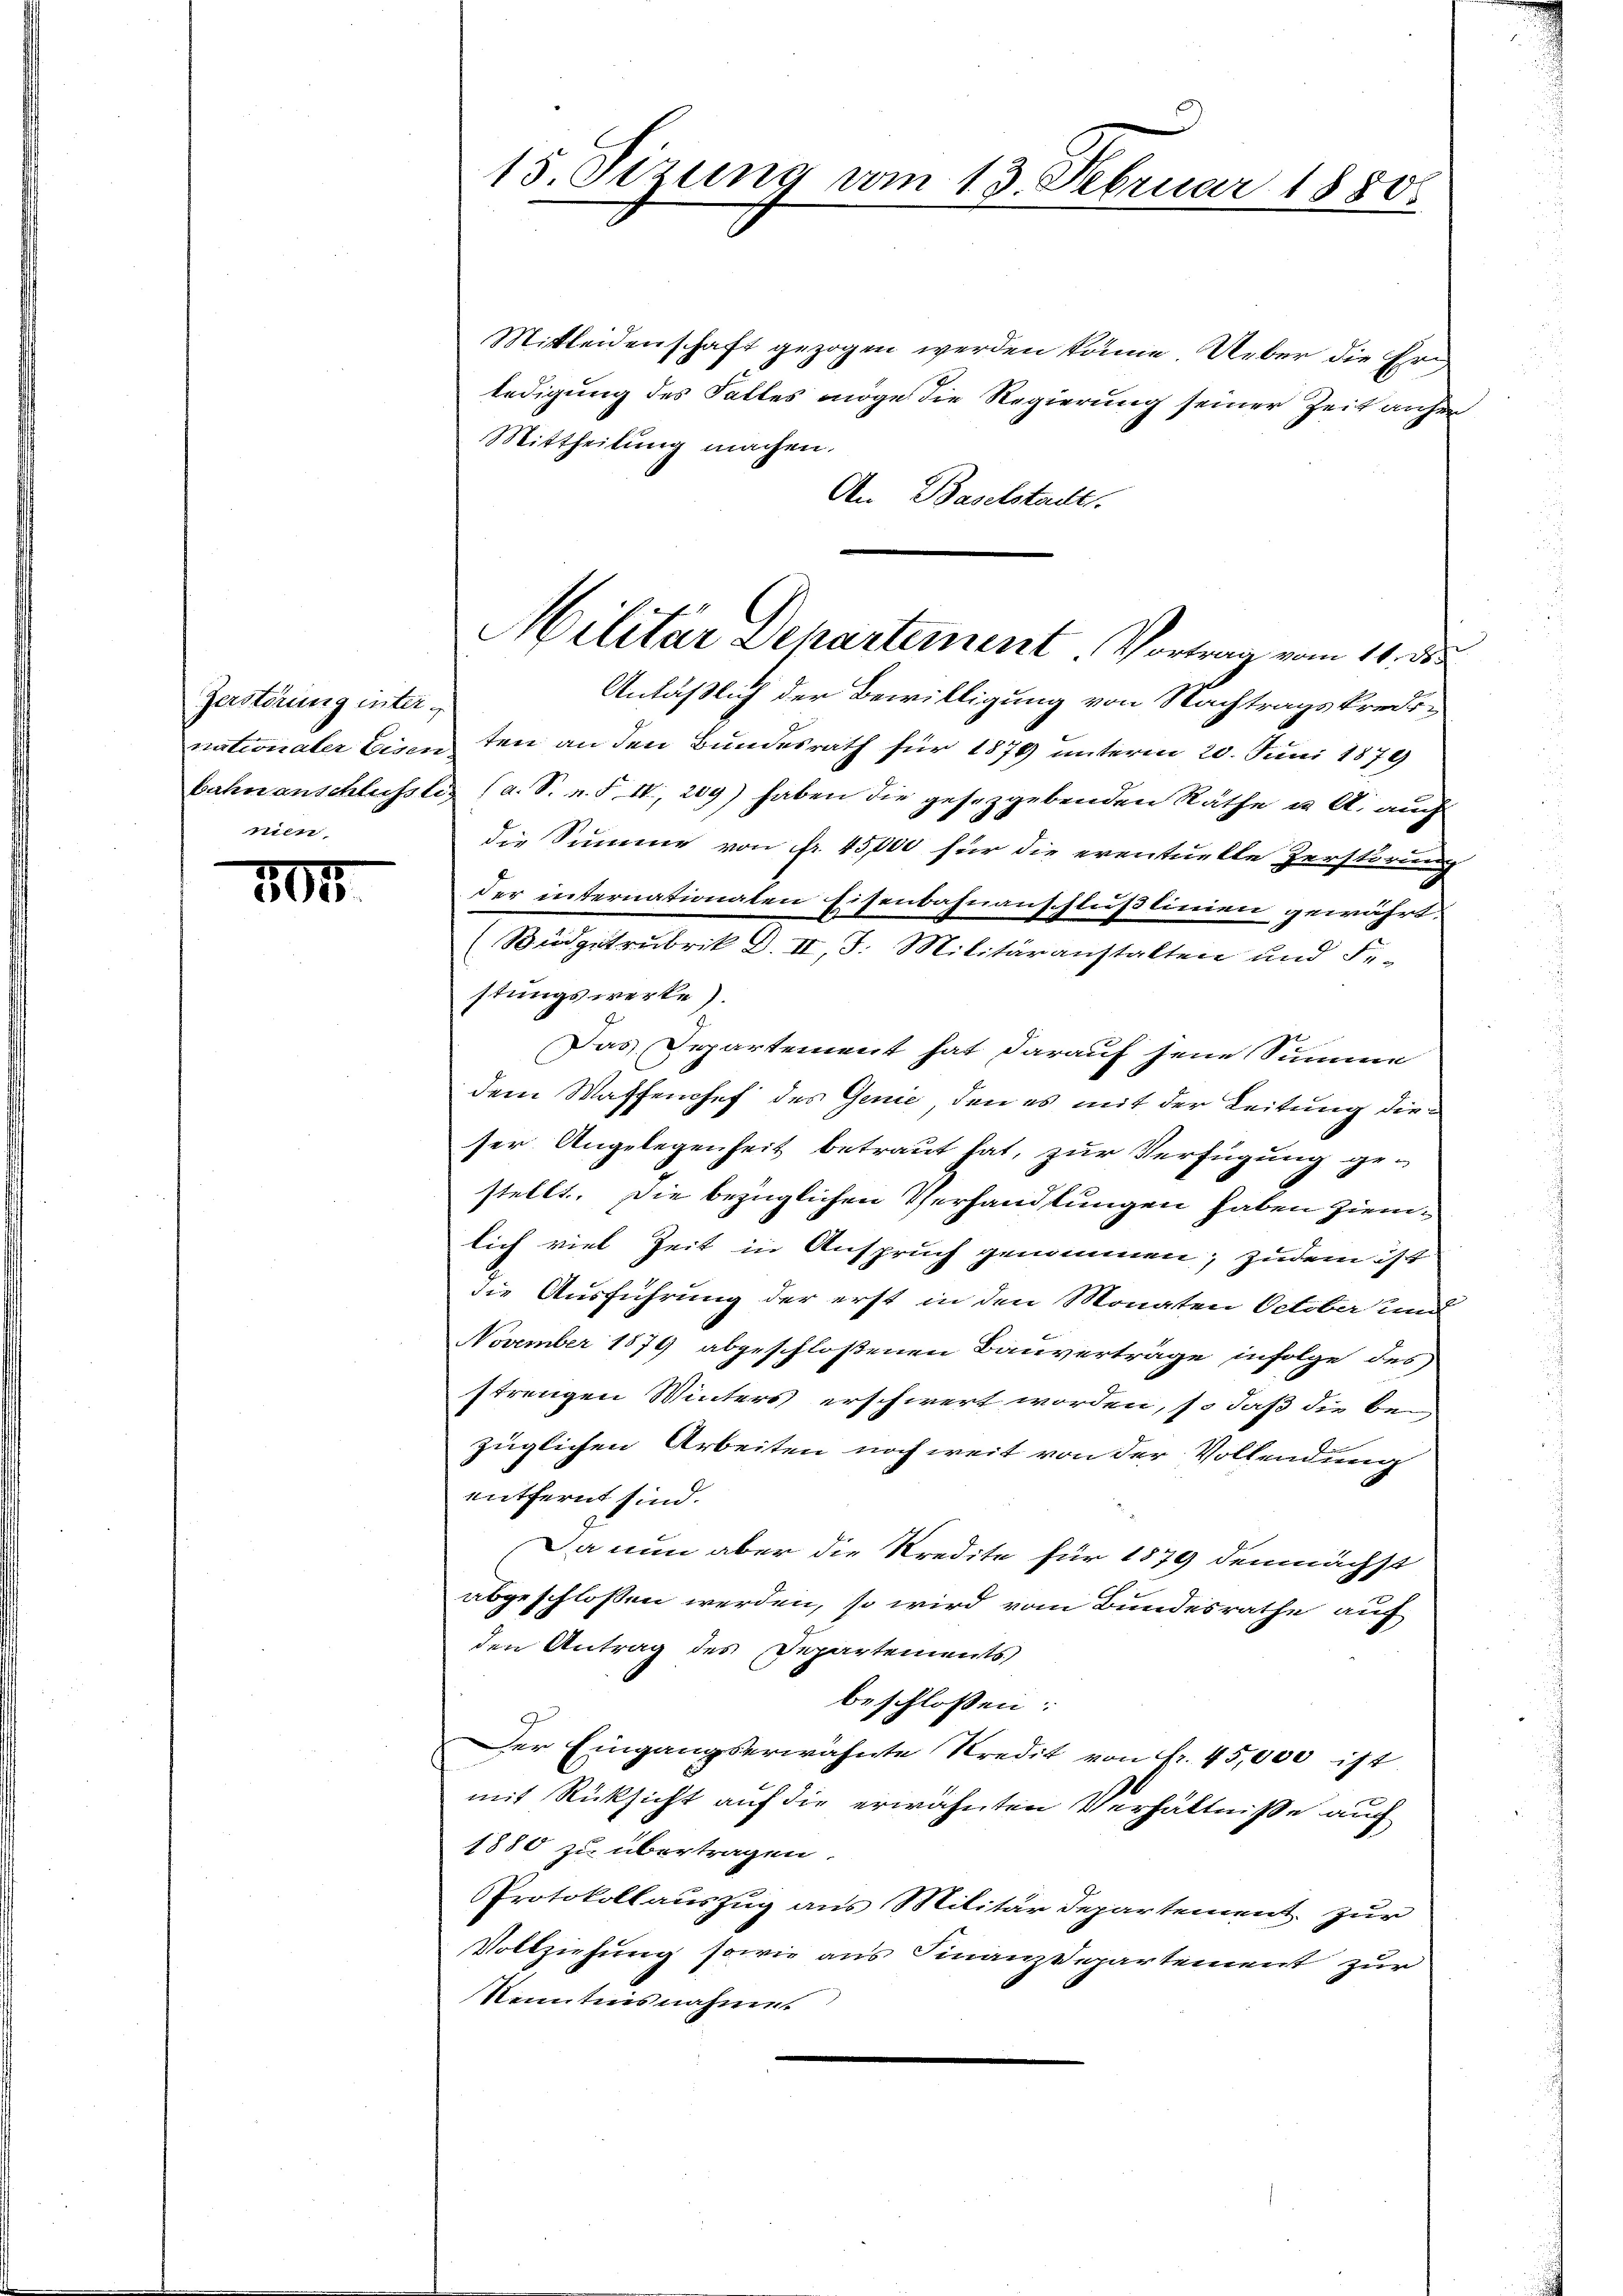
Zerstörung internien.

101

15. Sizung vom 13. Februar 1880

Mitleidenschaft gezogen werden könne. Ueber die Erledigung des Falles möge die Regierung seiner Zeit anher
Mittheilung machen.
An Baselstadt.
Anläßlich der Bewilligung von Nachtragskredinationaler Eisen ten an den Bundesrath für 1879 unterm 20. Juni 1879
bahnanschlüsslis (a. S. n. F. IV, 209) haben die gesetzgebenden Räthe u. A. auch
die Summe von fr. 45,000 für die eventuelle Zerstörung
der internationalen Eisenbahnanschlußlinien gewährt.
(Büdgetrubrik d. II, I. Militäranstalten und Fr-
stungswerke).
Das Departement hat darauf jene Summe
dem Waffenchef des Genie, den es mit der Leitung dieser Angelegenheit betraut hat, zur Verfügung ge-
stellt. Die bezüglichen Versandtungen haben ziemlich viel Zeit in Anspruch genommen; zudem ist
die Ausführung der erst in den Monaten October und
November 1879 abgeschloßenen Bauverträge infolge des
strengen Winters erschwert worden, so daß die be-
züglichen Arbeiten noch weit von der Vollendung
entfernt sind.
Da nun aber die Kredite für 1879 demnächst
abgeschlossen werden, so wird vom Bundesrathe auf
den Antrag des Departements
beschlossen:
Der Eingangserwähnte Kredit von Fr. 45,000 ist
mit Rücksicht auf die erwähnten Verhältniße auch
1880 zu übertragen.
PProtokollauszug aus Militär Departement zur
Vollziehung sowie aus Finanzdepartement zur
Nenntnisnahmes

Militar Departement. Vortrag vom 11. d.